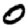
Digit: 0